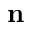
\mathbf { n }